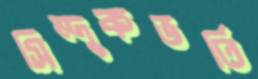
সিন্দুকভর্তি